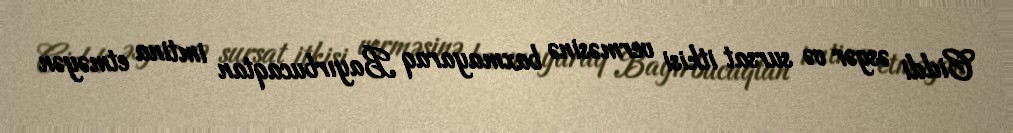
Ciddi əsgər və sursat itkisi verməsinə baxmayaraq Bayırbucaqtan imtina etməyən